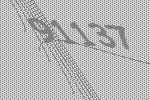
91137